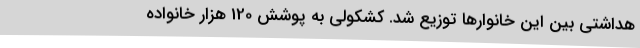
هداشتی بین این خانوارها توزیع شد. کشکولی به پوشش 120 هزار خانواده